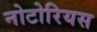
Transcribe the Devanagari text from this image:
नोटोरियस